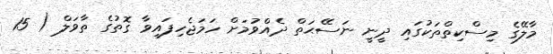
މާލޭގެ މިސްކިތްތަކުގައި ދީނީ ނަސޭޙަތް ދެއްވުމަށް ހަމަޖެހިފައިވާ ގޮތުގެ ތާވަލް ( 15